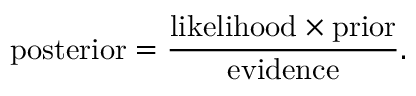
\mathrm { p o s t e r i o r } = \frac { \mathrm { l i k e l i h o o d } \times \mathrm { p r i o r } } { \mathrm { e v i d e n c e } } .